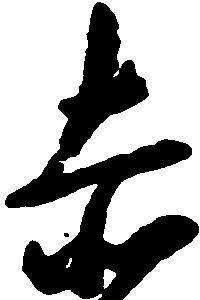
赤